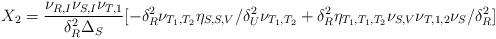
LaTeX: \begin{align*}\begin{aligned}X_2=\frac{\nu_{R,I}\nu_{S,I}\nu_{T,1}}{\delta_{R}^2\Delta_{S}}[-\delta_{R}^2\nu_{T_1,T_2}\eta_{S,S,V}/\delta_{U}^2\nu_{T_1,T_2}+\delta_{R}^2\eta_{T_1,T_1,T_2} \nu_{S,V}\nu_{T,1,2}\nu_{S}/\delta_{R}^2 ]\end{aligned}\end{align*}